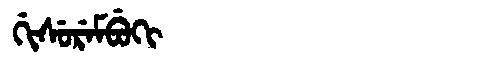
Manchu: ᡤᡳᠰᡠᡵᡝᠮᠪᡠᡴᡳ
Romanization: GISUREMBUKI